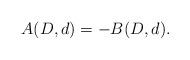
LaTeX: \begin{align*} A(D,d)= -B(D,d).\end{align*}